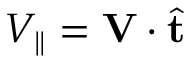
V _ { \parallel } = \mathbf { V } \cdot \hat { \mathbf { t } }